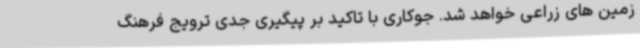
زمین های زراعی خواهد شد. جوکاری با تاکید بر پیگیری جدی ترویج فرهنگ